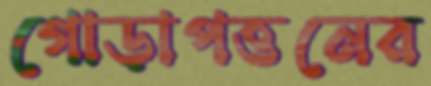
গোড়াপত্তনের